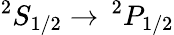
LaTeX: ^2S_{1/2}\rightarrow\, ^{2}P_{1/2}